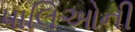
પાલિઓની